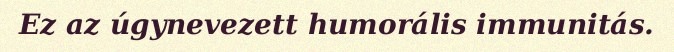
Ez az úgynevezett humorális immunitás.